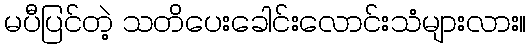
မပီပြင်တဲ့ သတိပေးခေါင်းလောင်းသံများလား။